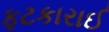
ફટકારાઈ